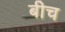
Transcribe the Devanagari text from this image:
बीच